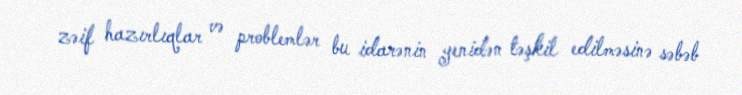
zəif hazırlıqlar və problemlər bu idarənin yenidən təşkil edilməsinə səbəb